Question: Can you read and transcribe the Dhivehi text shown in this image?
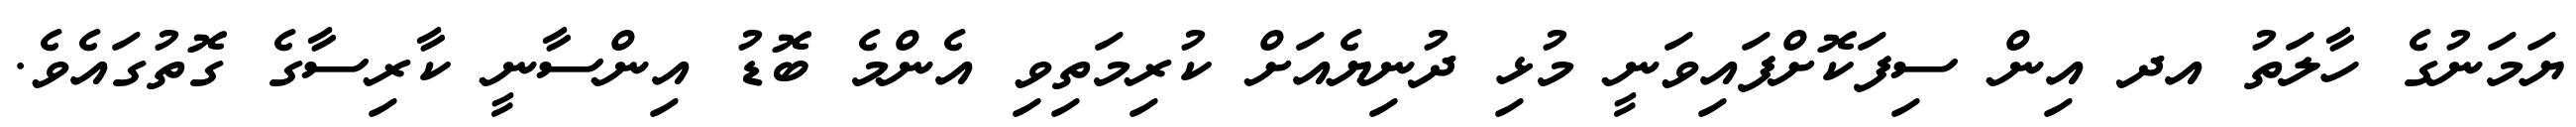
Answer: ޔަމަނުގެ ހާލަތު އދ އިން ސިފަކޮށްފައިވަނީ މުޅި ދުނިޔެއަށް ކުރިމަތިވި އެންމެ ބޮޑު އިންސާނީ ކާރިސާގެ ގޮތުގައެވެ.